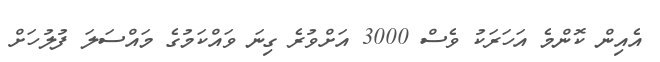
އެއިން ކޮންމެ އަހަރަކު ވެސް 3000 އަށްވުރެ ގިނަ ވައްކަމުގެ މައްސަލަ ފުލުހަށް